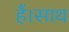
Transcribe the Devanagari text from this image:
हैं।साथ